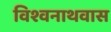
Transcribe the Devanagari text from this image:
विश्वनाथवास